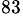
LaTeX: ^{83}